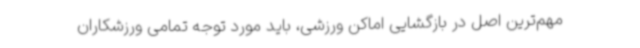
مهم‌ترین اصل در بازگشایی اماکن ورزشی، باید مورد توجه تمامی ورزشکاران